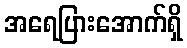
အရေပြားအောက်ရှိ